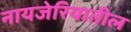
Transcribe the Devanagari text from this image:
नायजेरियातील